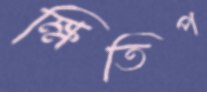
ক্ষিতিপ